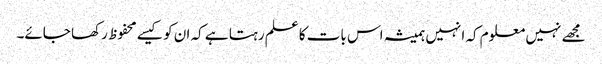
مجھے نہیں معلوم کہ انہیں ہمیشہ اس بات کا علم رہتا ہے کہ ان کو کیسے محفوظ رکھا جائے۔